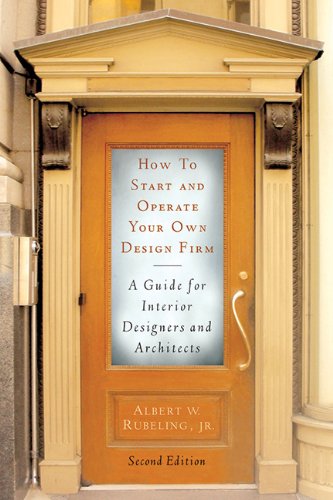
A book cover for How to Start and Operate Your Own Design Firm: A Guide for Interior Designers and Architects, Second Edition; Albert W. Rubeling; Arts & Photography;